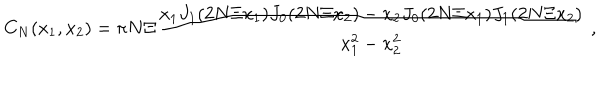
LaTeX: C _ { N } ( x _ { 1 } , x _ { 2 } ) = \pi N \Xi \frac { x _ { 1 } J _ { 1 } ( 2 N \Xi x _ { 1 } ) J _ { 0 } ( 2 N \Xi x _ { 2 } ) - x _ { 2 } J _ { 0 } ( 2 N \Xi x _ { 1 } ) J _ { 1 } ( 2 N \Xi x _ { 2 } ) } { x _ { 1 } ^ { 2 } - x _ { 2 } ^ { 2 } } \; ,